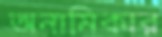
অনামিকার